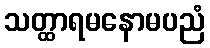
သတ္ထာရမနောမပညံ